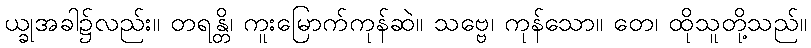
ယ္ခုအခါ၌လည်း။ တရန္တိ၊ ကူးမြောက်ကုန်ဆဲ။ သဗ္ဗေ၊ ကုန်သော။ တေ၊ ထိုသူတို့သည်။